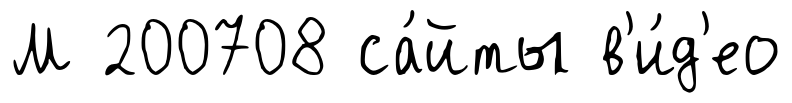
М 200708 са́йты в'и́д'ео